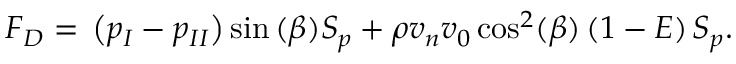
F _ { D } = { } \left( { p _ { I } } - { p _ { I I } } \right) \sin { ( \beta ) } { S _ { p } } + \rho { v _ { n } } v _ { 0 } \cos ^ { 2 } ( \beta ) \left( 1 - E \right) { S _ { p } } .